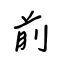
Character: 前